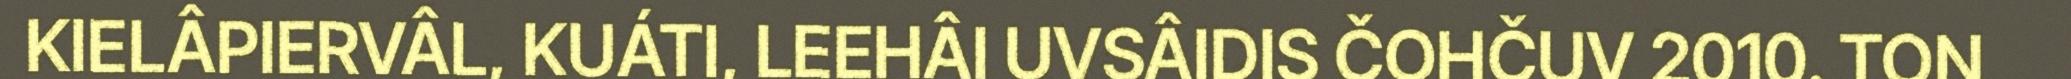
KIELÂPIERVÂL, KUÁTI, LEEHÂI UVSÂIDIS ČOHČUV 2010. TON